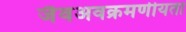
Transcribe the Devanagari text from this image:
जैवअवक्रमणीयता